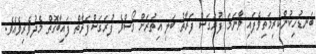
ބަނޑުހިކުންކުރިމަތިވެފައި ވާނަމަ ފުރަގަސް ފަރާތު ބަލި އިތުރަށް ގޯސްވެ ފުރަގަސްފަރާތް ފައިބާގޮތް މެދުވެރިވެއެވެ.